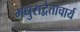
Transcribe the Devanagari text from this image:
मधुराद्वैताचार्य